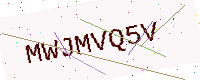
Text: MWJMVQ5V